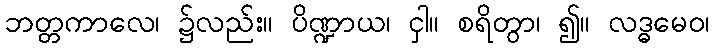
ဘတ္တကာလေ၊ ၌လည်း။ ပိဏ္ဍာယ၊ ငှါ။ စရိတွာ၊ ၍။ လဒ္ဓမေဝ၊